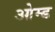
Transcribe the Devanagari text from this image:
ओम्ड